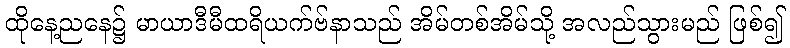
ထိုနေ့ညနေ၌ မာယာဒီမီထရိယက်ဗ်နာသည် အိမ်တစ်အိမ်သို့ အလည်သွားမည် ဖြစ်၍